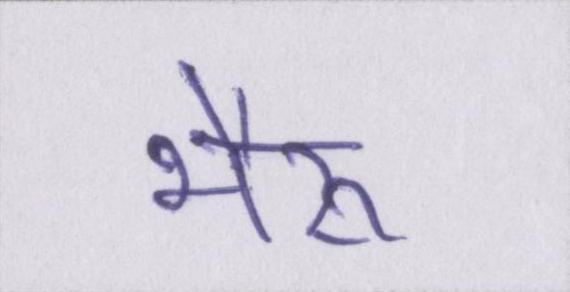
भैरू